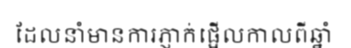
ដែលនាំមានការភ្ញាក់ផ្អើលកាលពីឆ្នាំ